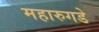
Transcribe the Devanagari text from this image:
महारुगडे